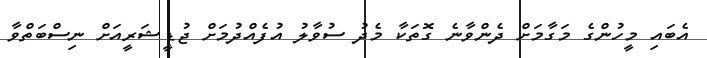
އެބައި މީހުންގެ މަގާމަށް ދެންވާނެ ގޮތަކާ މެދު ސުވާލު އުފެއްދުމަށް ޖުޑީޝަރީއަށް ނިސްބަތްވާ